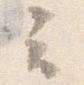
云